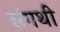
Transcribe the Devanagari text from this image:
संगथी